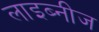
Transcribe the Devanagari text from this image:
लाइब्नीज